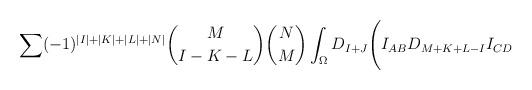
LaTeX: \begin{align*}\sum(-1)^{\vert I \vert +\vert K \vert +\vert L \vert + \vert N \vert}{M \choose {I-K-L}}{N \choose M}\int_{\Omega} D_{I+J}\Biggl(I_{AB}D_{M+K+L-I}I_{CD}\end{align*}